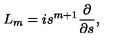
{ L } _ { m } = i s ^ { m + 1 } \frac { \partial } { \partial s } ,